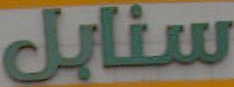
سنابل